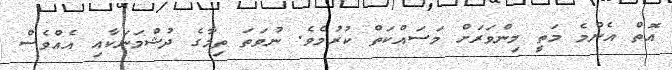
އޮތް އެންމެ މަތީ މިންވަރަށް މަސައްކަތް ކުރުމެވެ. ނުވަތަ ތިމާގެ ދުޝްމަނަކާއި އެއްވެސް